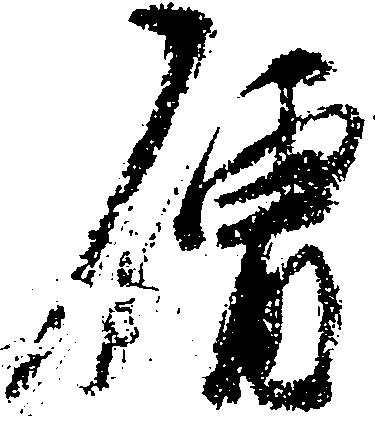
僧